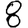
Digit: 8